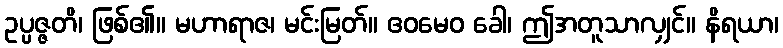
ဥပ္ပဇ္ဇတိ၊ ဖြစ်၏။ မဟာရာဇ၊ မင်းမြတ်။ ဧဝမေဝ ခေါ၊ ဤအတူသာလျှင်။ နိရယာ၊